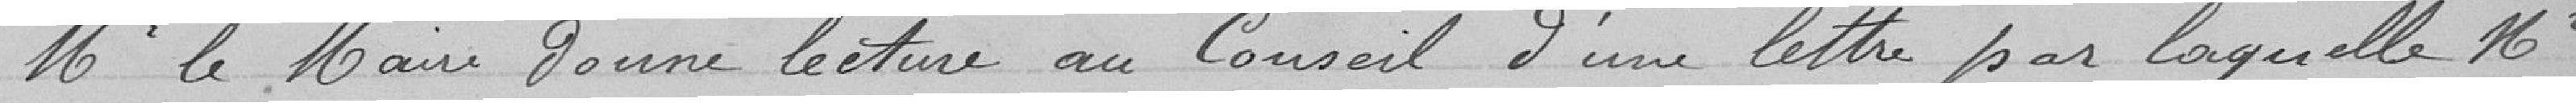
Mr me Maire donne lecture au Conseil d'une lettre par laquelle Mr